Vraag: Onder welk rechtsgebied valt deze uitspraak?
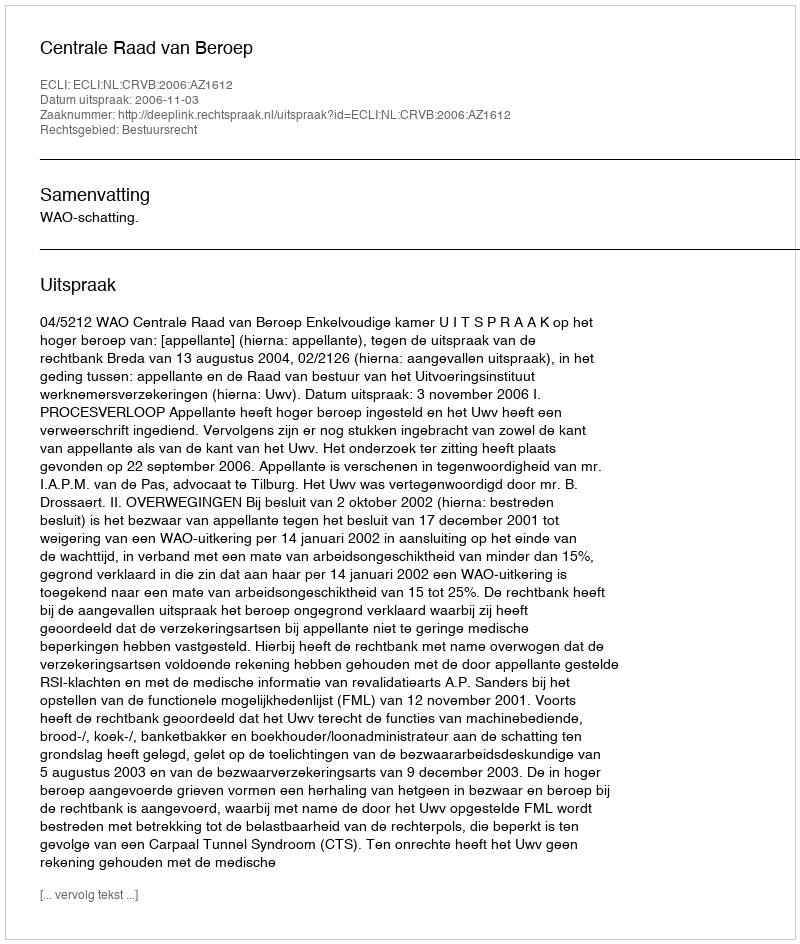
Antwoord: Bestuursrecht